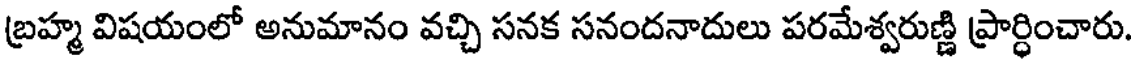
బ్రహ్మ విషయంలో అనుమానం వచ్చి సనక సనందనాదులు పరమేశ్వరుణ్ణి ప్రార్ధించారు.